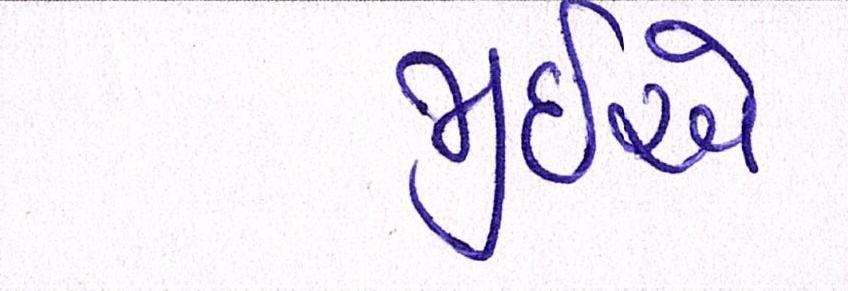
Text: જીઇએ